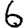
Digit: 6